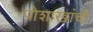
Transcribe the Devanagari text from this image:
पोशाखांची